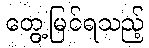
တွေ့မြင်ရသည့်